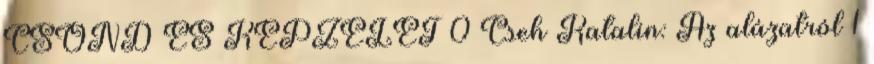
CSÖND ÉS KÉPZELET 0 Cseh Katalin: Az alázatról 1